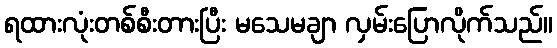
ရထားလုံးတစ်စီးတားပြီး မသေမချာ လှမ်းပြောလိုက်သည်။